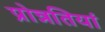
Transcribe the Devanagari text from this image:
प्रोन्नतियां